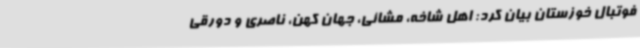
فوتبال خوزستان بیان کرد: اهل شاخه، مشائی، جهان کهن، ناصری و دورقی